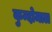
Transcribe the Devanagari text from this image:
कुन्दोमाल